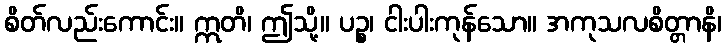
စိတ်လည်းကောင်း။ ဣတိ၊ ဤသို့။ ပဉ္စ၊ ငါးပါးကုန်သော။ အကုသလစိတ္တာနိ၊